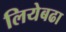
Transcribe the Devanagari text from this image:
लियेबढा